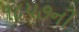
૧૮૫૭ની